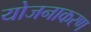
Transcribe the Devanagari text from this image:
योजनाकरण